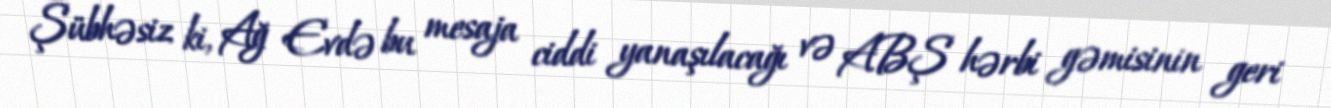
Şübhəsiz ki, Ağ Evdə bu mesaja ciddi yanaşılacağı və ABŞ hərbi gəmisinin geri